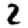
Digit: 2